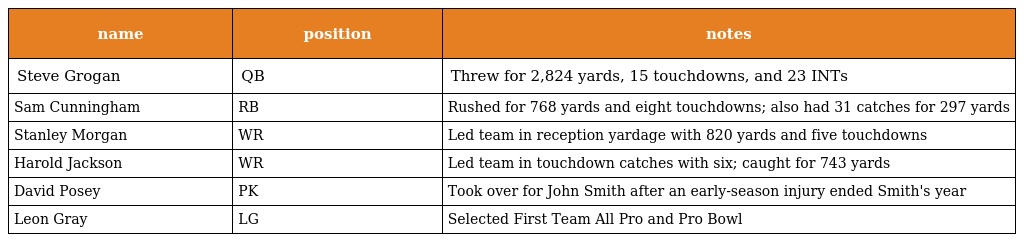
| name | position | notes |
 | --- | --- | --- |
 | Steve Grogan | QB | Threw for 2,824 yards, 15 touchdowns, and 23 INTs |
 | Sam Cunningham | RB | Rushed for 768 yards and eight touchdowns; also had 31 catches for 297 yards |
 | Stanley Morgan | WR | Led team in reception yardage with 820 yards and five touchdowns |
 | Harold Jackson | WR | Led team in touchdown catches with six; caught for 743 yards |
 | David Posey | PK | Took over for John Smith after an early-season injury ended Smith's year |
 | Leon Gray | LG | Selected First Team All Pro and Pro Bowl |